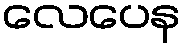
လေပေန